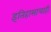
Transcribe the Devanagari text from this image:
इतिहासाचाही